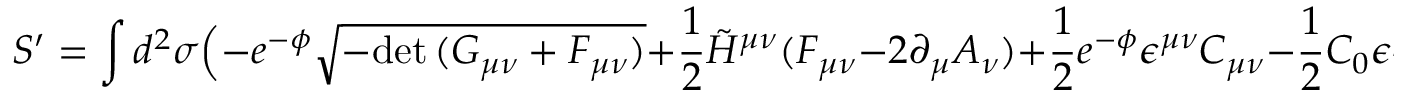
S ^ { \prime } = \int d ^ { 2 } \sigma \Big ( - e ^ { - \phi } \sqrt { - \mathrm { d e t } \, ( G _ { \mu \nu } + { \cal F } _ { \mu \nu } ) } + \frac { 1 } { 2 } \tilde { H } ^ { \mu \nu } ( F _ { \mu \nu } - 2 \partial _ { \mu } A _ { \nu } ) + \frac { 1 } { 2 } e ^ { - \phi } \epsilon ^ { \mu \nu } C _ { \mu \nu } - \frac { 1 } { 2 } C _ { 0 } \epsilon ^ { \mu \nu } F _ { \mu \nu } \Big )